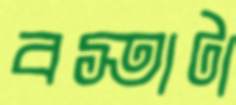
বস্তাটা